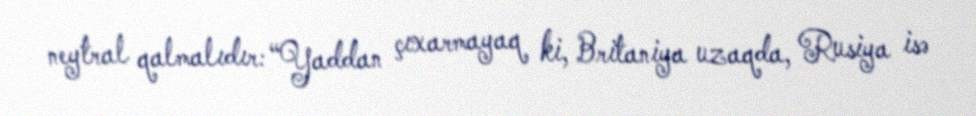
neytral qalmalıdır: “Yaddan çıxarmayaq ki, Britaniya uzaqda, Rusiya isə